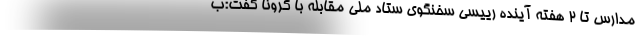
مدارس تا ٢ هفته آینده رییسی سخنگوی ستاد ملی مقابله با کرونا گفت:ب